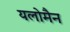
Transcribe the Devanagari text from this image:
यलोमैन